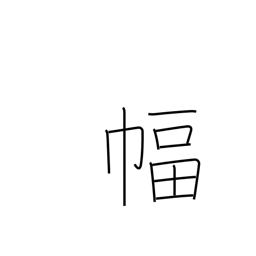
Meaning: hanging scroll